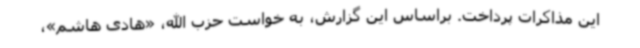
این مذاکرات پرداخت. براساس این گزارش، به خواست حزب الله، «هادی هاشم»،